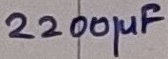
Text: 2200µF